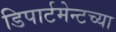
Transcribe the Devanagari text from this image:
डिपार्टमेन्टच्या